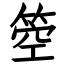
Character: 箜